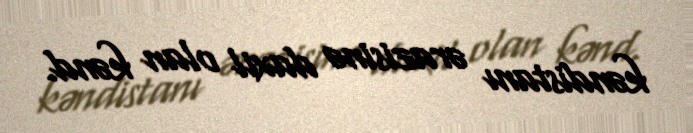
kəndistanı ərazisinə daxil olan kənd.